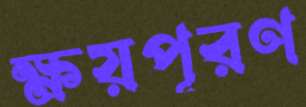
ক্ষয়পূরণ